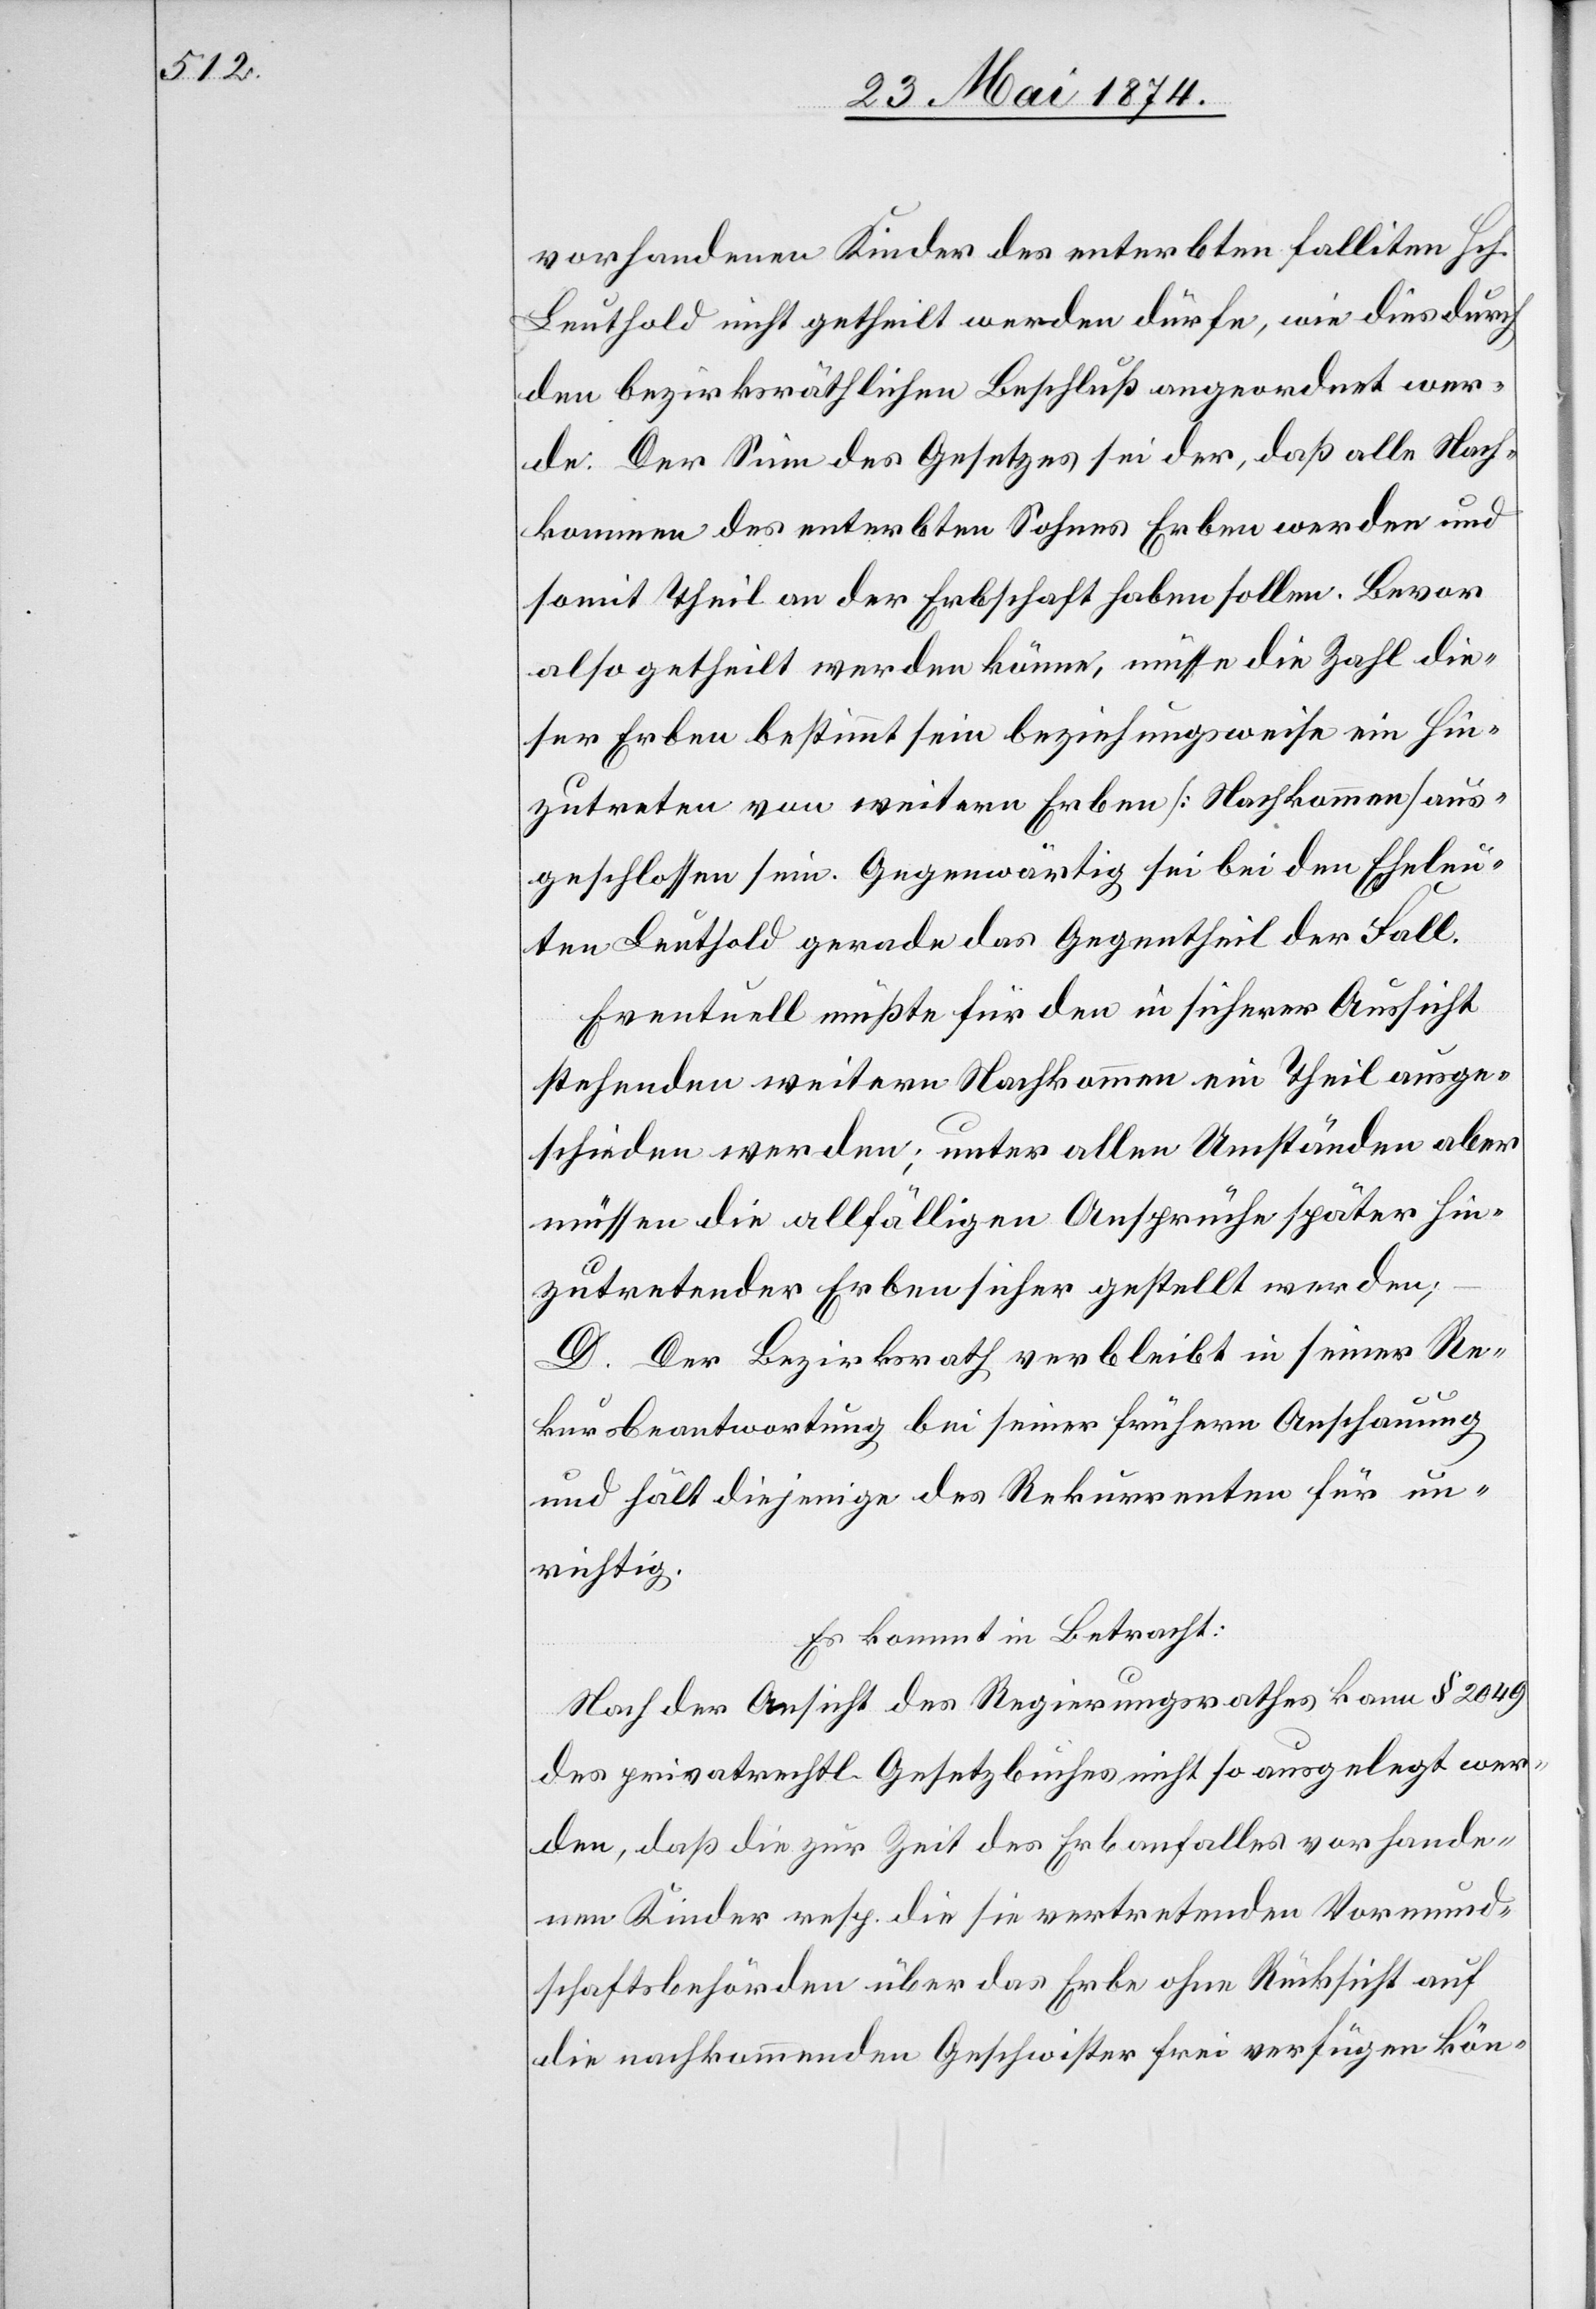
vorhandenen Kinder des enterbten falliten Hch.
Leuthold nicht getheilt werden dürfe, wie dies durch
den bezirksräthlichen Beschluß angeordnet wer¬
de. Der Sinn des Gesetzes sei der, daß alle Nach¬
kommen des enterbten Sohnes Erben werden und
somit Theil an der Erbschaft haben sollen. Bevor
also getheilt werden könne, müsse die Zahl die¬
ser Erben bestimmt sein beziehungsweise ein Hin¬
zutreten von weitern Erben [Nachkommen] aus¬
geschlossen sein. Gegenwärtig sei bei den Eheleu¬
ten Leuthold gerade das Gegentheil der Fall.
Eventuell müßte für den in sicherer Aussicht
stehenden weitern Nachkommen ein Theil ausge¬
schieden werden; unter allen Umständen aber
müssen die allfälligen Ansprüche später hin¬
zutretender Erben sicher gestellt werden;
D. Der Bezirksrath verbleit in seiner Re¬
kursbeantwortung bei seiner frühern Anschauung
und hält diejenige des Rekurrenten für un¬
richtig.
Es kommt in Betracht:
Nach der Ansicht des Regierungsrathes kann § 2049
des privatrechtl. Gesetzbuches nicht so ausgelegt wer¬
den, daß die zur Zeit des Erbanfalles vorhande¬
nen Kinder resp. die sie vertretenden Vormund¬
schaftsbehörden über das Erbe ohne Rücksicht auf
die nachkommenden Geschwister frei verfügen kön-